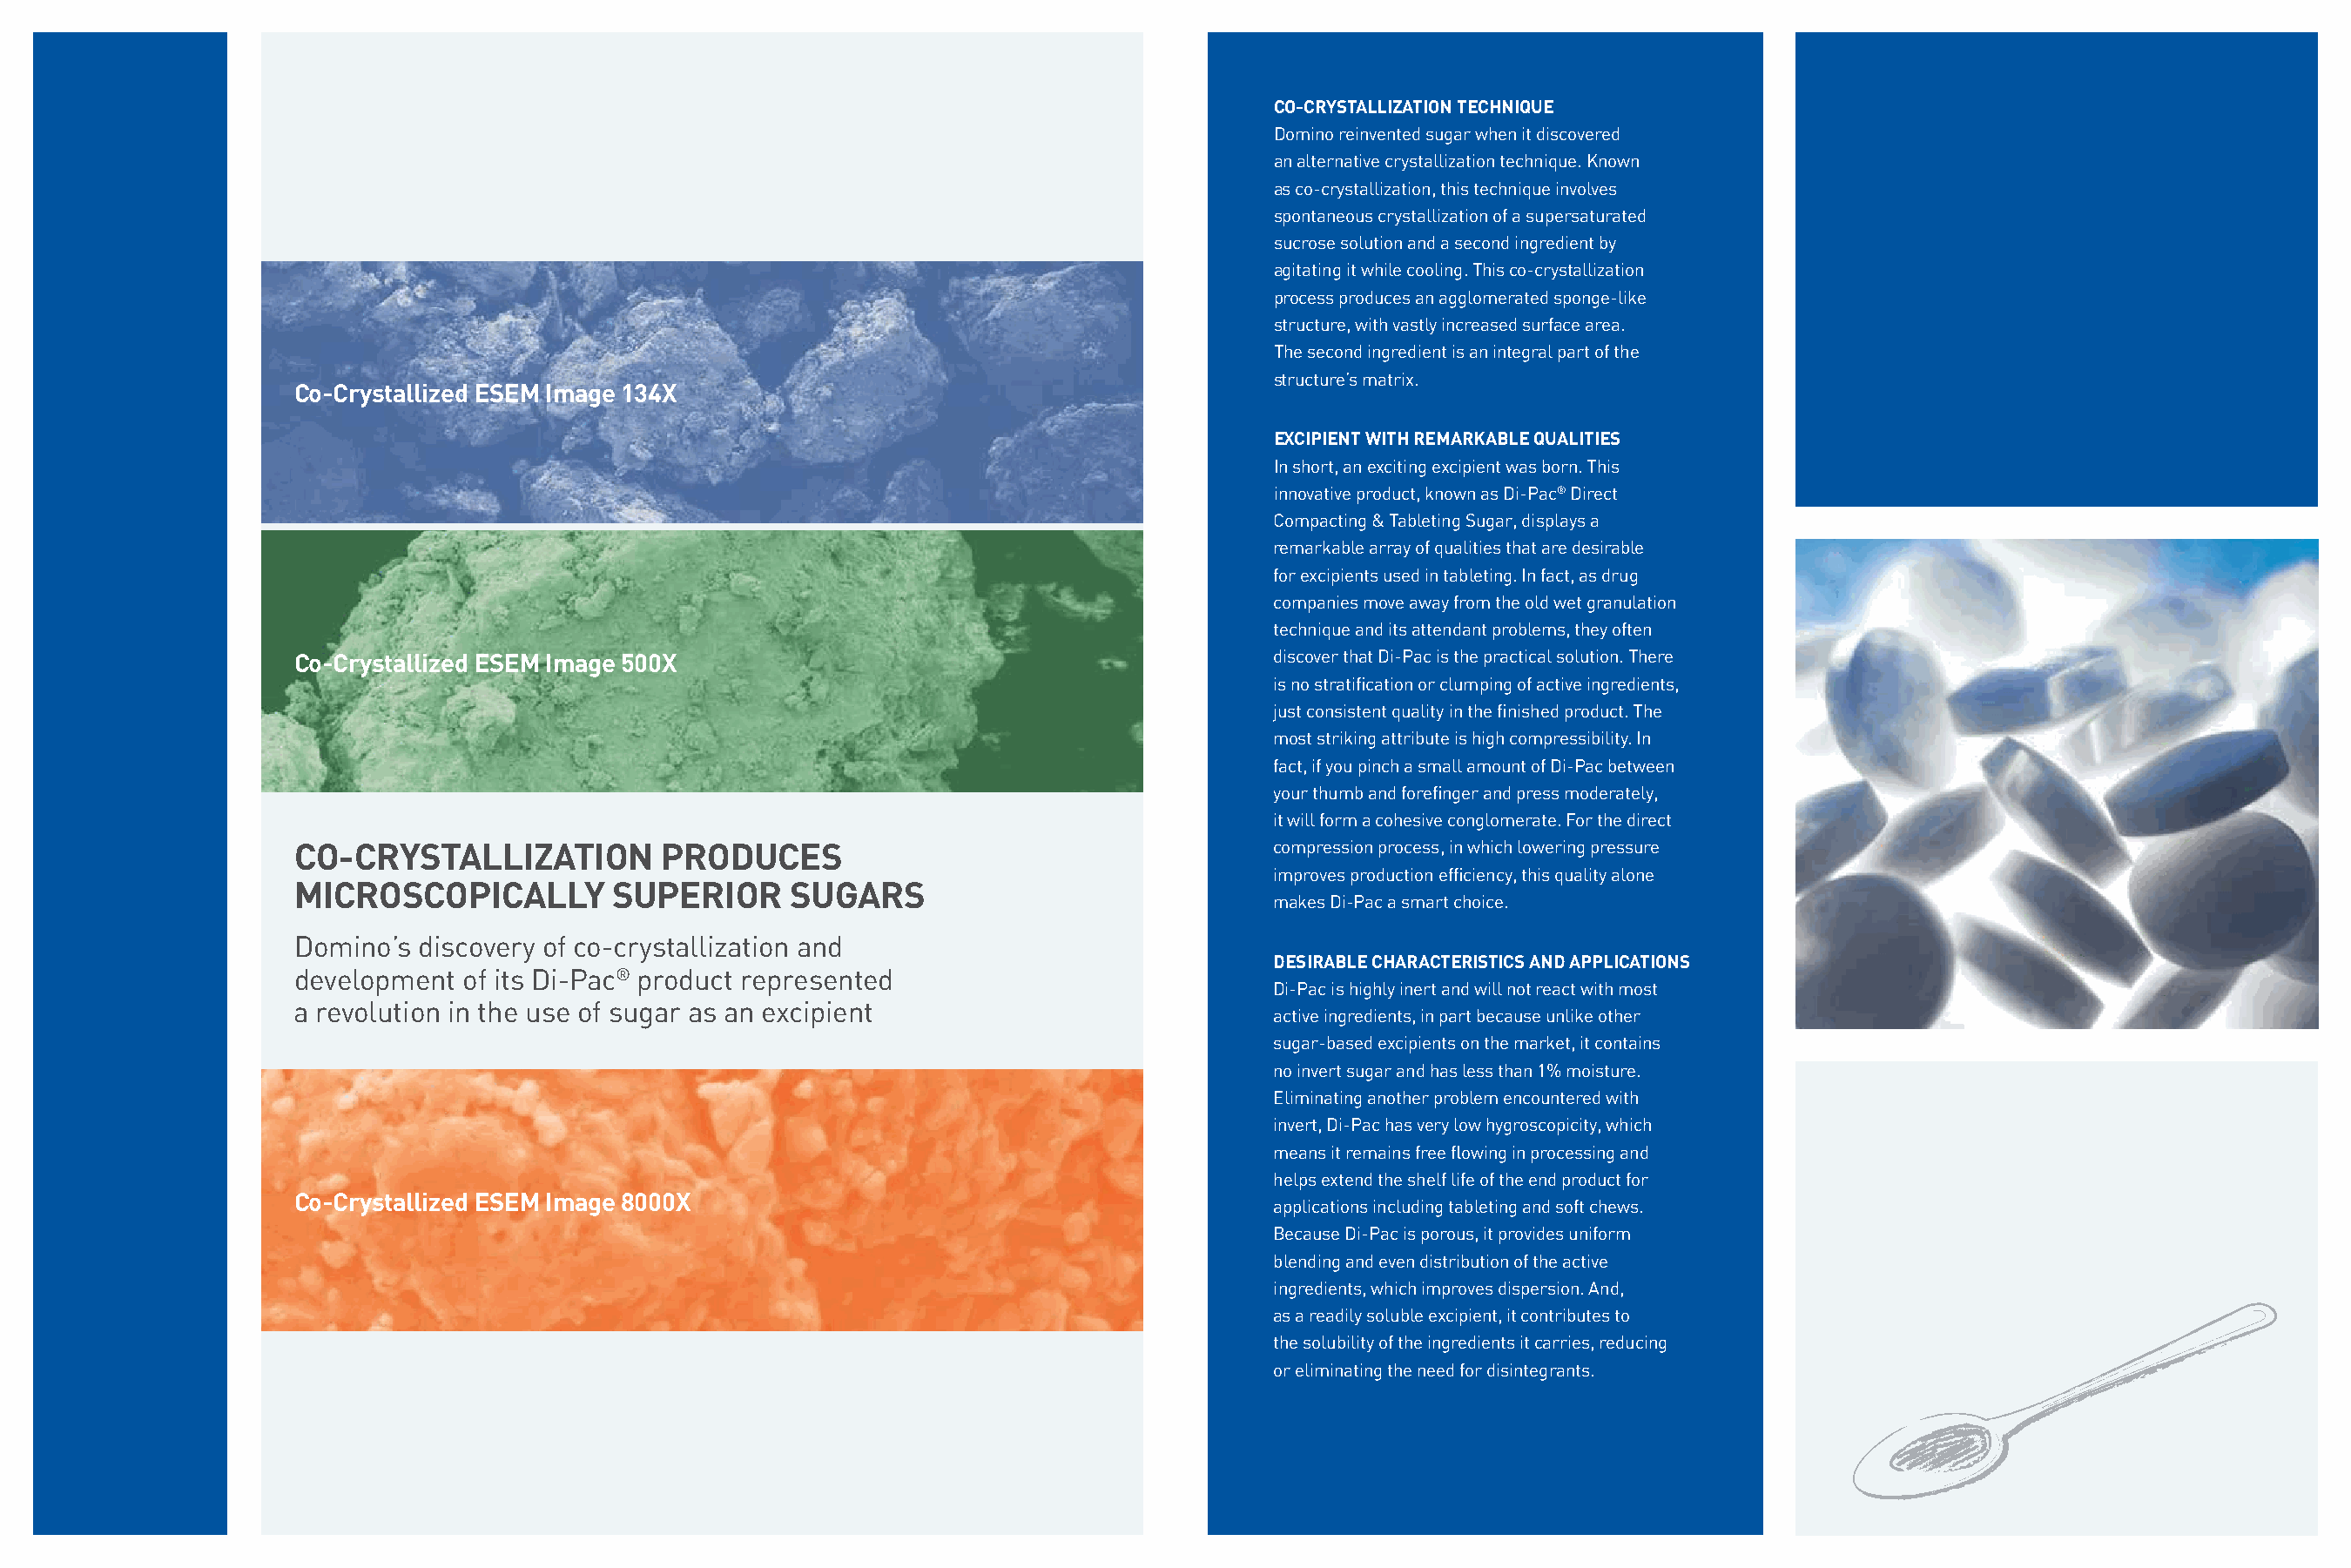
CO-CRYSTALLIZATION TECHNIQUE
 Domino reinvented sugar when it discovered
 an alternative crystallization technique. Known
 as co-crystallization, this technique involves
 spontaneous crystallization of a supersaturated
 sucrose solution and a second ingredient by
 agitating it while cooling. This co-crystallization
 process produces an agglomerated sponge-like
 structure, with vastly increased surface area.
 The second ingredient is an integral part of the
 structure’s matrix.
 Co-Crystallized ESEM Image 134X
 EXCIPIENT WITH REMARKABLE QUALITIES
 In short, an exciting excipient was born. This
 innovative product, known as Di-Pac® Direct
 Compacting & Tableting Sugar, displays a
 remarkable array of qualities that are desirable
 for excipients used in tableting. In fact, as drug
 companies move away from the old wet granulation
 technique and its attendant problems, they often
 Co-Crystallized ESEM Image 500X                                            discover that Di-Pac is the practical solution. There
 is no stratification or clumping of active ingredients,
 just consistent quality in the finished product. The
 most striking attribute is high compressibility. In
 fact, if you pinch a small amount of Di-Pac between
 your thumb and forefinger and press moderately,
 it will form a cohesive conglomerate. For the direct
 CO-CRYSTALLIZATION          PRODUCES                                       compression process, in which lowering pressure
 improves production efficiency, this quality alone
 MICROSCOPICALLY          SUPERIOR     SUGARS
 makes Di-Pac a smart choice.
 Domino’s  discovery of co-crystallization and
 DESIRABLE CHARACTERISTICS AND APPLICATIONS
 development  of its Di-Pac® product represented
 Di-Pac is highly inert and will not react with most
 a revolution in the use of sugar as an excipient
 active ingredients, in part because unlike other
 sugar-based excipients on the market, it contains
 no invert sugar and has less than 1% moisture.
 Eliminating another problem encountered with
 invert, Di-Pac has very low hygroscopicity, which
 means it remains free flowing in processing and
 helps extend the shelf life of the end product for
 Co-Crystallized ESEM Image 8000X
 applications including tableting and soft chews.
 Because Di-Pac is porous, it provides uniform
 blending and even distribution of the active
 ingredients, which improves dispersion. And,
 as a readily soluble excipient, it contributes to
 the solubility of the ingredients it carries, reducing
 or eliminating the need for disintegrants.